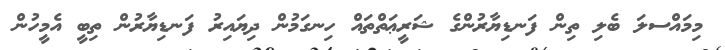
މިމައްސލަ ބެލި ތިން ފަނޑިޔާރުންގެ ޝަރީޢަތްތައް ހިނގަމުން ދިޔައިރު ފަނޑިޔާރުން ތިބީ އެމީހުން